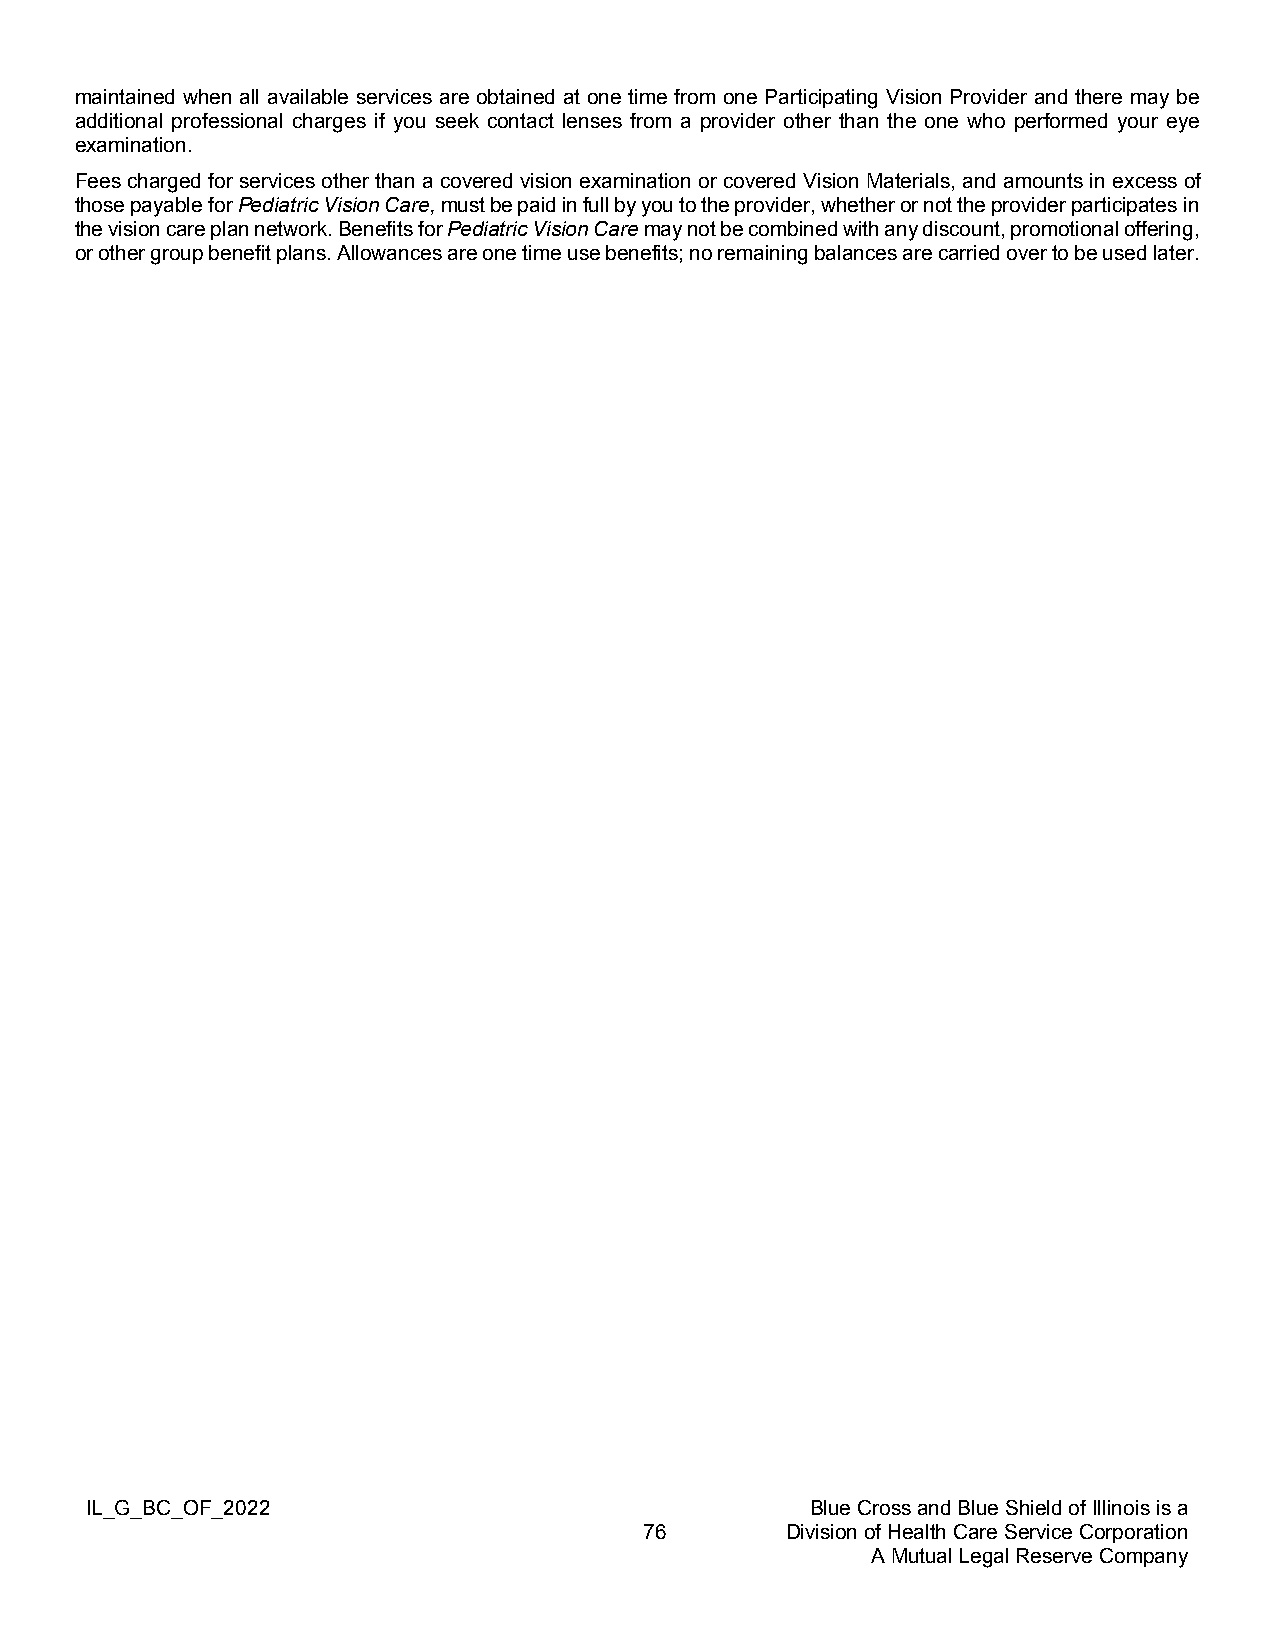
maintained when all available services are obtained at one time from one Participating Vision Provider and there may be
 additional professional charges if you seek contact lenses from a provider other than the one who performed your eye
 examination.
 Fees charged for services other than a covered vision examination or covered Vision Materials, and amounts in excess of
 those payable for Pediatric Vision Care, must be paid in full by you to the provider, whether or not the provider participates in
 the vision care plan network. Benefits for Pediatric Vision Care may not be combined with any discount, promotional offering,
 or other group benefit plans. Allowances are one time use benefits; no remaining balances are carried over to be used later.
 IL_G_BC_OF_2022                                 Blue Cross and Blue Shield of Illinois is a
 76       Division of Health Care Service Corporation
 A Mutual Legal Reserve Company